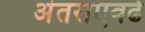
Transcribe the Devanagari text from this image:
अंतराएवढे